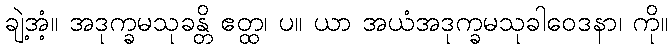
ချဲ့အံ့။ အဒုက္ခမသုခန္တိ ဧတ္ထ၊ ပ။ ယာ အယံအဒုက္ခမသုခါဝေဒနာ၊ ကို။